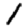
Digit: 1